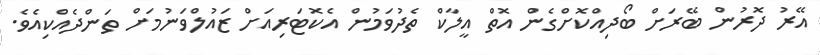
އޭރު ދޮރުން ބޭރަށް ބޯދިއްކޮށްގެން އޮތް އީލާކް ތެދުވަމުން އެކޮޓަރިއަށް ޒައުލްވަނުމަށް ތަންދެއްކިއެވެ.